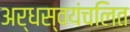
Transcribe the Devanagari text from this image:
अर्धस्वयंचलित